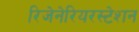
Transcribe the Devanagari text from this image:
रिजेनेरियरस्टेशन